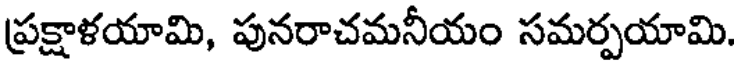
ప్రక్షాళయామి, పునరాచమనీయం సమర్పయామి.